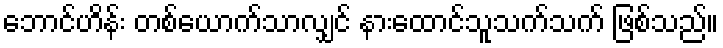
ဘောင်ဟိန်း တစ်ယောက်သာလျှင် နားထောင်သူသက်သက် ဖြစ်သည်။